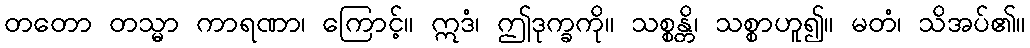
တတော တသ္မာ ကာရဏာ၊ ကြောင့်။ ဣဒံ၊ ဤဒုက္ခကို။ သစ္စန္တိ၊ သစ္စာဟူ၍။ မတံ၊ သိအပ်၏။